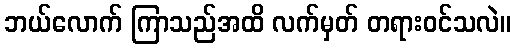
ဘယ်လောက် ကြာသည်အထိ လက်မှတ် တရားဝင်သလဲ။